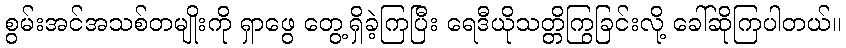
စွမ်းအင်အသစ်တမျိုးကို ရှာဖွေ တွေ့ရှိခဲ့ကြပြီး ရေဒီယိုသတ္တိကြွခြင်းလို့ ခေါ်ဆိုကြပါတယ်။